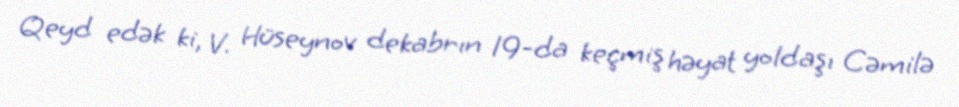
Qeyd edək ki, V. Hüseynov dekabrın 19-da keçmiş həyat yoldaşı Cəmilə